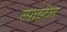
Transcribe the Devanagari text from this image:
स्पाइटेल